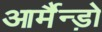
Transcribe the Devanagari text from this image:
आर्मैन्ड़ो